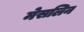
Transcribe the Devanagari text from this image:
मेसलिन